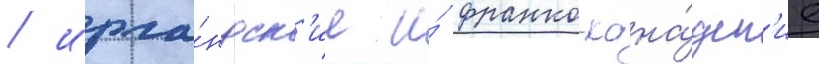
/ ирла́ндск'ие и́ франко-кана́дск'ие